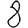
Digit: 8